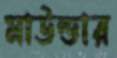
মাউন্ডার